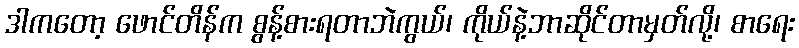
ဒါကတော့ ဖောင်တိန်က စွန့်စားရတာဘဲကွယ်၊ ကိုယ်နဲ့ဘာဆိုင်တာမှတ်လို့၊ စာရေး